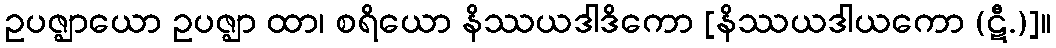
ဥပဇ္ဈာယော ဥပဇ္ဈာ ထာ၊ စရိယော နိဿယဒါဒိကော [နိဿယဒါယကော (ဋီ.)]။